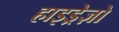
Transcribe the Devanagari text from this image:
हाइड्रेज़ो